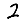
Digit: 2